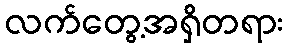
လက်တွေ့အရှိတရား